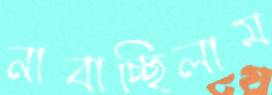
নাবাচ্ছিলাম